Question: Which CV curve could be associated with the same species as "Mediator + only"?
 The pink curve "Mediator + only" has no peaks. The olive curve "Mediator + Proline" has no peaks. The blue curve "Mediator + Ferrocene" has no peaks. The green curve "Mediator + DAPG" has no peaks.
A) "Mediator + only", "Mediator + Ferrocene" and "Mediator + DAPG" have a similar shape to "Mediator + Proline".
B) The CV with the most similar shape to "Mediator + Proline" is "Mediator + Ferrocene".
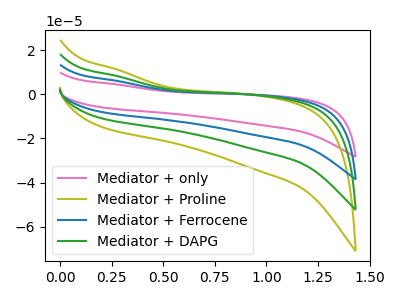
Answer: <think>Neither "Mediator + only" or "Mediator + Proline" have any peaks. Neither "Mediator + only" or "Mediator + Ferrocene" have any peaks. Neither "Mediator + only" or "Mediator + DAPG" have any peaks. Neither "Mediator + Proline" or "Mediator + Ferrocene" have any peaks. Neither "Mediator + Proline" or "Mediator + DAPG" have any peaks. Neither "Mediator + Ferrocene" or "Mediator + DAPG" have any peaks.
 </think>
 <answer>A) "Mediator + only", "Mediator + Ferrocene" and "Mediator + DAPG" have a similar shape to "Mediator + Proline".</answer>
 <eval>A</eval>